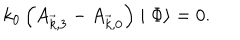
k _ { 0 } \left( A _ { \vec { k } , 3 } - A _ { \vec { k } , 0 } \right) \mid \Phi \rangle = 0 .